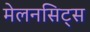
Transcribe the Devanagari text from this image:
मेलनसिट्स